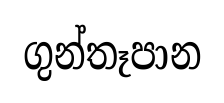
ගුන්තෑපාන